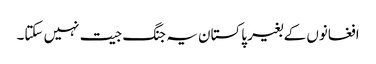
افغانوں کے بغیر پاکستان یہ جنگ جیت نہیں سکتا۔